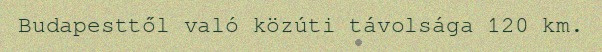
Budapesttől való közúti távolsága 120 km.